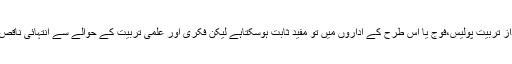
یہ اندازِ تربیّت پولیس،فوج یا اس طرح کے اداروں میں تو مفید ثابت ہوسکتاہے لیکن فکری اور علمی تربیّت کے حوالے سے انتہائی ناقص ہے۔